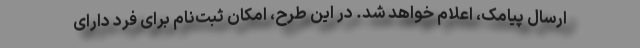
ارسال پیامک، اعلام خواهد شد. در این طرح، امکان ثبت‌نام برای فرد دارای